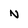
Character: N